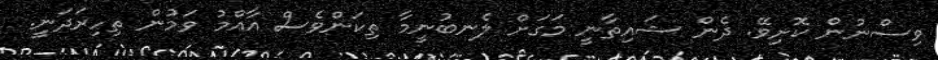
ވިސްނުން ކޮށިވޭ. ދެން ޝައިތާނީ މަގަށް ލެނބުނީމާ ތިކަންވެސް އާއްމު ވަމުން ތިހިރަދަނީ.